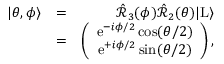
\begin{array} { r l r } { | \theta , \phi \rangle } & { = } & { \hat { \mathcal { R } } _ { 3 } ( \phi ) \hat { \mathcal { R } } _ { 2 } ( \theta ) | \mathrm { L } \rangle } \\ & { = } & { \left( \begin{array} { c } { \mathrm { e } ^ { - i \phi / 2 } \cos ( \theta / 2 ) } \\ { \mathrm { e } ^ { + i \phi / 2 } \sin ( \theta / 2 ) } \end{array} \right) , } \end{array}